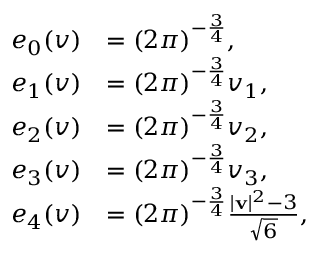
\begin{array} { r l } { e _ { 0 } ( v ) } & { = ( 2 \pi ) ^ { - \frac { 3 } { 4 } } , } \\ { e _ { 1 } ( v ) } & { = ( 2 \pi ) ^ { - \frac { 3 } { 4 } } v _ { 1 } , } \\ { e _ { 2 } ( v ) } & { = ( 2 \pi ) ^ { - \frac { 3 } { 4 } } v _ { 2 } , } \\ { e _ { 3 } ( v ) } & { = ( 2 \pi ) ^ { - \frac { 3 } { 4 } } v _ { 3 } , } \\ { e _ { 4 } ( v ) } & { = ( 2 \pi ) ^ { - \frac { 3 } { 4 } } \frac { | \mathbf { v } | ^ { 2 } - 3 } { \sqrt { 6 } } , } \end{array}